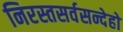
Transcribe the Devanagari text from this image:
निरस्तसर्वसन्देहो